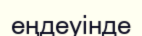
еңдеуінде